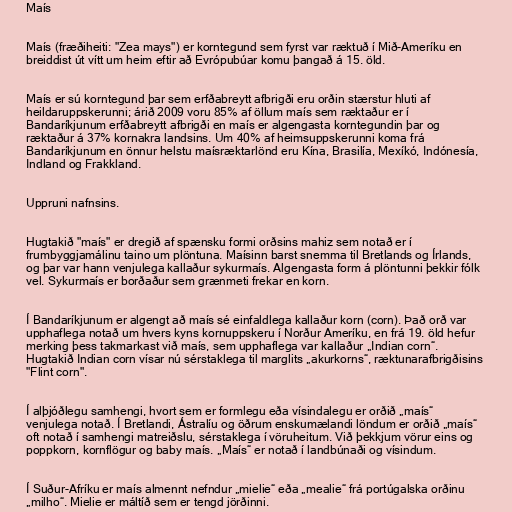
Maís

Maís (fræðiheiti: "Zea mays") er korntegund sem fyrst var ræktuð í Mið-Ameríku en
breiddist út vítt um heim eftir að Evrópubúar komu þangað á 15. öld.

Maís er sú korntegund þar sem erfðabreytt afbrigði eru orðin stærstur hluti af
heildaruppskerunni; árið 2009 voru 85% af öllum maís sem ræktaður er í
Bandaríkjunum erfðabreytt afbrigði en maís er algengasta korntegundin þar og
ræktaður á 37% kornakra landsins. Um 40% af heimsuppskerunni koma frá
Bandaríkjunum en önnur helstu maísræktarlönd eru Kína, Brasilía, Mexíkó, Indónesía,
Indland og Frakkland.

Uppruni nafnsins.

Hugtakið "maís" er dregið af spænsku formi orðsins mahiz sem notað er í
frumbyggjamálinu taino um plöntuna. Maísinn barst snemma til Bretlands og Írlands,
og þar var hann venjulega kallaður sykurmaís. Algengasta form á plöntunni þekkir fólk
vel. Sykurmaís er borðaður sem grænmeti frekar en korn.

Í Bandaríkjunum er algengt að maís sé einfaldlega kallaður korn (corn). Það orð var
upphaflega notað um hvers kyns kornuppskeru í Norður Ameríku, en frá 19. öld hefur
merking þess takmarkast við maís, sem upphaflega var kallaður „Indian corn“.
Hugtakið Indian corn vísar nú sérstaklega til marglits „akurkorns“, ræktunarafbrigðisins
"Flint corn".

Í alþjóðlegu samhengi, hvort sem er formlegu eða vísindalegu er orðið „maís“
venjulega notað. Í Bretlandi, Ástralíu og öðrum enskumælandi löndum er orðið „maís“
oft notað í samhengi matreiðslu, sérstaklega í vöruheitum. Við þekkjum vörur eins og
poppkorn, kornflögur og baby maís. „Maís“ er notað í landbúnaði og vísindum.

Í Suður-Afríku er maís almennt nefndur „mielie“ eða „mealie“ frá portúgalska orðinu
„milho“. Mielie er máltíð sem er tengd jörðinni.